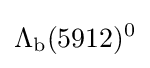
\Lambda _{\rm {b}}(5912)^{0}